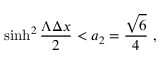
\sinh ^ { 2 } { \frac { \Lambda \Delta x } { 2 } } < a _ { 2 } = { \frac { \sqrt { 6 } } { 4 } } \ ,